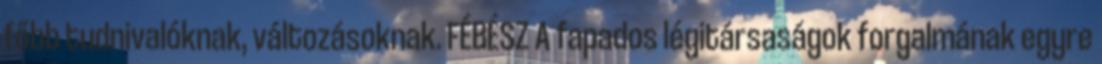
főbb tudnivalóknak, változásoknak. FÉBÉSZ A fapados légitársaságok forgalmának egyre